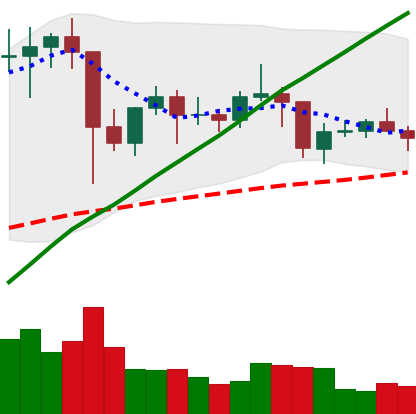
Ticker: LTC-USD
Chart end date: 2021-01-26
Forward return: -3.847%
Label: down_3_5